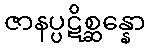
ဇာနပ္ပဋိစ္ဆန္နော